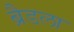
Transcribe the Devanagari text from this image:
ब्रैडला